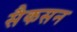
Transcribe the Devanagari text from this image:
सैकसन